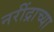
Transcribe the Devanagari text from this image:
नरींद्राच्या